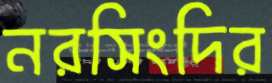
নরসিংদির